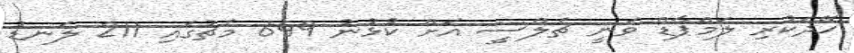
ހޭދަކުރި ލަމްޕާޑް ވަނީ ޗެލްސީ އަށް ކުޅުނު 649 މެޗުގައި 211 ލަނޑު